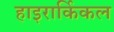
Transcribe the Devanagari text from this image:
हाइरार्किकल